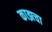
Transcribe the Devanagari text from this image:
काझचा